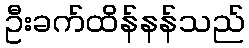
ဦးခက်ထိန်နန်သည်